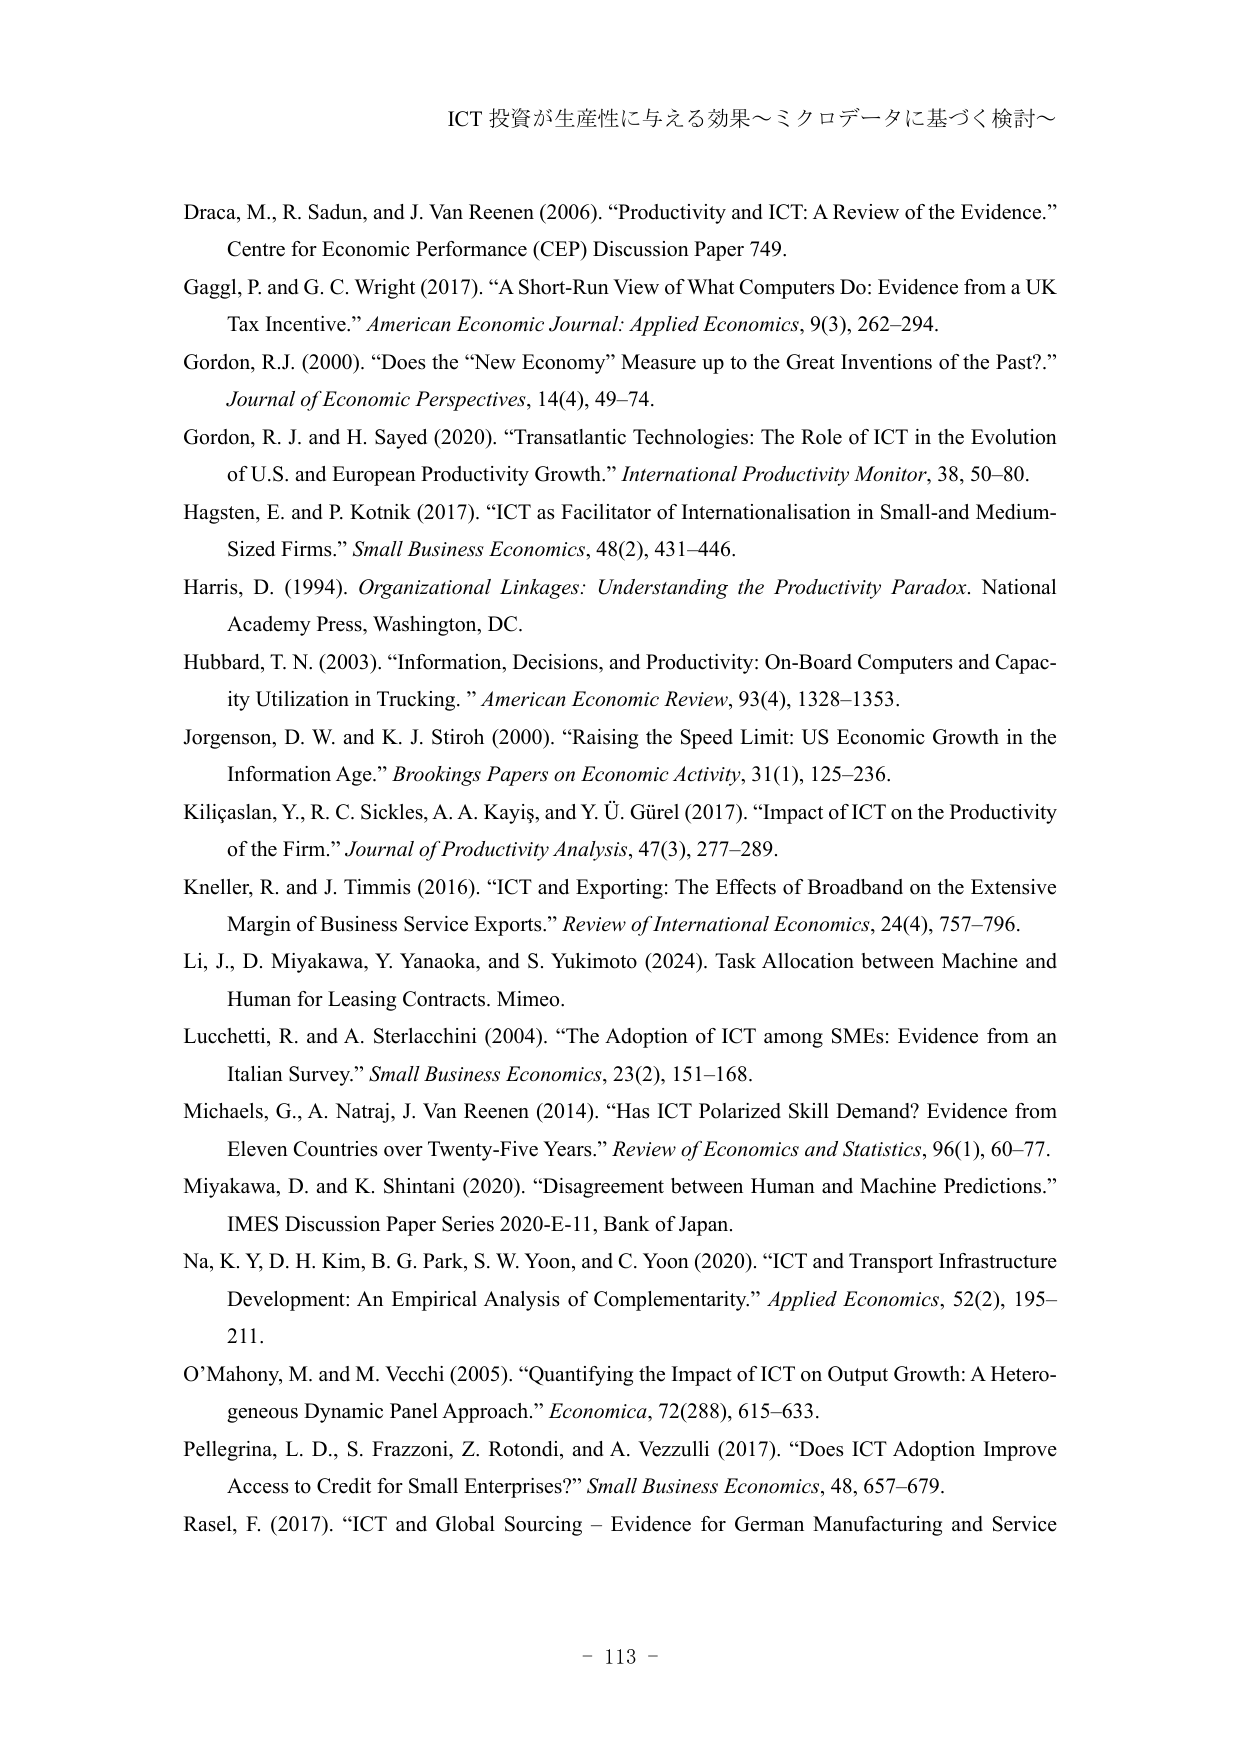
ICT 投資が生産性に与える効果～ミクロデータに基づく検討～

Draca, M., R. Sadun, and J. Van Reenen (2006). “Productivity and ICT: A Review of the Evidence.” Centre for Economic Performance (CEP) Discussion Paper 749.

Gaggl, P. and G. C. Wright (2017). “A Short-Run View of What Computers Do: Evidence from a UK Tax Incentive.” American Economic Journal: Applied Economics, 9(3), 262–294.

Gordon, R.J. (2000). “Does the “New Economy” Measure up to the Great Inventions of the Past?.” Journal of Economic Perspectives, 14(4), 49–74.

Gordon, R. J. and H. Sayed (2020). “Transatlantic Technologies: The Role of ICT in the Evolution of U.S. and European Productivity Growth.” International Productivity Monitor, 38, 50–80.

Hagsten, E. and P. Kotnik (2017). “ICT as Facilitator of Internationalisation in Small-and Medium-Sized Firms.” Small Business Economics, 48(2), 431–446.

Harris, D. (1994). Organizational Linkages: Understanding the Productivity Paradox. National Academy Press, Washington, DC.

Hubbard, T. N. (2003). “Information, Decisions, and Productivity: On-Board Computers and Capacity Utilization in Trucking.” American Economic Review, 93(4), 1328–1353.

Jorgenson, D. W. and K. J. Stiroh (2000). “Raising the Speed Limit: US Economic Growth in the Information Age.” Brookings Papers on Economic Activity, 31(1), 125–236.

Kiliçaslan, Y., R. C. Sickles, A. A. Kayiş, and Y. Ü. Gürel (2017). “Impact of ICT on the Productivity of the Firm.” Journal of Productivity Analysis, 47(3), 277–289.

Kneller, R. and J. Timmis (2016). “ICT and Exporting: The Effects of Broadband on the Extensive Margin of Business Service Exports.” Review of International Economics, 24(4), 757–796.

Li, J., D. Miyakawa, Y. Yanaoka, and S. Yukimoto (2024). Task Allocation between Machine and Human for Leasing Contracts. Mimeo.

Lucchetti, R. and A. Sterlacchini (2004). “The Adoption of ICT among SMEs: Evidence from an Italian Survey.” Small Business Economics, 23(2), 151–168.

Michaels, G., A. Natraj, J. Van Reenen (2014). “Has ICT Polarized Skill Demand? Evidence from Eleven Countries over Twenty-Five Years.” Review of Economics and Statistics, 96(1), 60–77.

Miyakawa, D. and K. Shintani (2020). “Disagreement between Human and Machine Predictions.” IMES Discussion Paper Series 2020-E-11, Bank of Japan.

Na, K. Y, D. H. Kim, B. G. Park, S. W. Yoon, and C. Yoon (2020). “ICT and Transport Infrastructure Development: An Empirical Analysis of Complementarity.” Applied Economics, 52(2), 195–211.

O’Mahony, M. and M. Vecchi (2005). “Quantifying the Impact of ICT on Output Growth: A Heterogeneous Dynamic Panel Approach.” Economica, 72(288), 615–633.

Pellegrina, L. D., S. Frazzoni, Z. Rotondi, and A. Vezzulli (2017). “Does ICT Adoption Improve Access to Credit for Small Enterprises?” Small Business Economics, 48, 657–679.

Rasel, F. (2017). “ICT and Global Sourcing – Evidence for German Manufacturing and Service

– 113 –